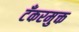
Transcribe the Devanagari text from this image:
टँकरमुक्त